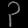
Digit: ၃